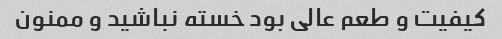
کیفیت و طعم عالی بود خسته نباشید و ممنون